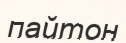
пайтон